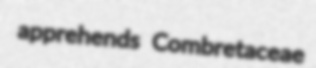
apprehends Combretaceae